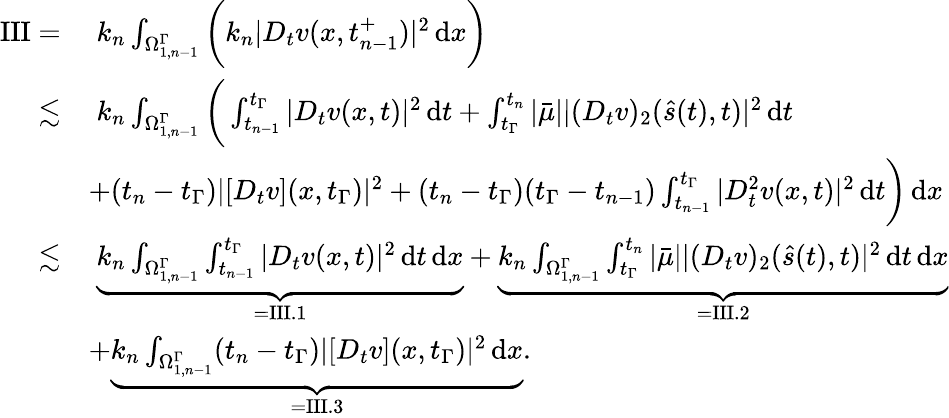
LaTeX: \begin{array}{rl}{\mathrm{III}=}&{\; k_{n}\int_{\Omega_{1,n-1}^{\Gamma}}\bigg(k_{n}|D_{t}v(x,t_{n-1}^{+})|^{2}\, \mathrm{d}x\bigg)}\\ {\lesssim}&{\; k_{n}\int_{\Omega_{1,n-1}^{\Gamma}}\bigg(\int_{t_{n-1}}^{t_{\Gamma}}|D_{t}v(x,t)|^{2}\, \mathrm{d}t+\int_{t_{\Gamma}}^{t_{n}}|\bar{\mu}||(D_{t}v)_{2}(\hat{s}(t),t)|^{2}\, \mathrm{d}t}\\ &{+(t_{n}-t_{\Gamma})|[D_{t}v](x,t_{\Gamma})|^{2}+(t_{n}-t_{\Gamma})(t_{\Gamma}-t_{n-1})\int_{t_{n-1}}^{t_{\Gamma}}|D_{t}^{2}v(x,t)|^{2}\, \mathrm{d}t\bigg)\, \mathrm{d}x}\\ {\lesssim}&{\; \underbrace{k_{n}\int_{\Omega_{1,n-1}^{\Gamma}}\int_{t_{n-1}}^{t_{\Gamma}}|D_{t}v(x,t)|^{2}\, \mathrm{d}t\, \mathrm{d}x}_{=\mathrm{III.1}}+\underbrace{k_{n}\int_{\Omega_{1,n-1}^{\Gamma}}\int_{t_{\Gamma}}^{t_{n}}|\bar{\mu}||(D_{t}v)_{2}(\hat{s}(t),t)|^{2}\, \mathrm{d}t\, \mathrm{d}x}_{=\mathrm{III.2}}}\\ &{+\underbrace{k_{n}\int_{\Omega_{1,n-1}^{\Gamma}}(t_{n}-t_{\Gamma})|[D_{t}v](x,t_{\Gamma})|^{2}\, \mathrm{d}x}_{=\mathrm{III.3}}.}\end{array}